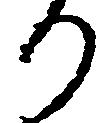
り